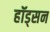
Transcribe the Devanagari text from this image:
हॉड्सन